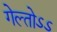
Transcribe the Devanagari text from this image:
गेल्तोऽऽ